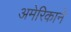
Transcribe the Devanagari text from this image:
अमेरिकाने